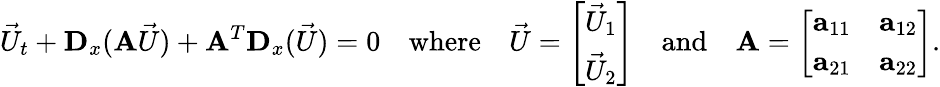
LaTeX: \vec{U}_{t}+{\mathbf D_{x}}({\mathbf A}\vec{U})+{\mathbf A}^{T}{\mathbf D_{x}}(\vec{U})=0\quad\mathrm{where}\quad\vec{U}=\left[\begin{array}{l}{\vec{U}_{1}}\\ {\vec{U}_{2}}\end{array}\right]\quad\mathrm{and}\quad{\mathbf A}=\left[\begin{array}{ll}{{\mathbf a_{11}}}&{{\mathbf a_{12}}}\\ {{\mathbf a_{21}}}&{{\mathbf a_{22}}}\end{array}\right].